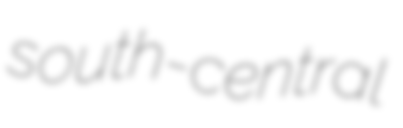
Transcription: south-central